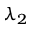
\lambda _ { 2 }